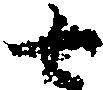
七